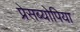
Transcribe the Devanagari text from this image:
प्रेसब्योपिया